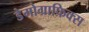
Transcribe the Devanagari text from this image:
डेमोग्राफिक्स